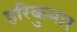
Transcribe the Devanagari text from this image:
हरिकुमार